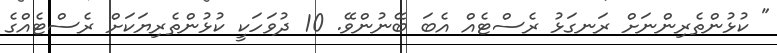
" ކުޅުންތެރިންނަށް ރަނގަޅު ރެސްޓެއް އެބަ ބޭނުންވޭ. 10 ދުވަހަކީ ކުޅުންތެރިޔަކަށް ރެސްޓެއްގެ